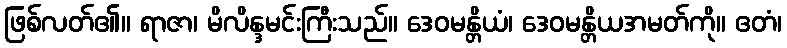
ဖြစ်လတ်၏။ ရာဇာ၊ မိလိန္ဒမင်းကြီးသည်။ ဒေဝမန္တိယံ၊ ဒေဝမန္တိယအမတ်ကို။ ဧတံ၊